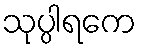
သုပ္ပါရကေ